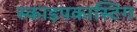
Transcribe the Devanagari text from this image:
स्काइपकास्टिंग